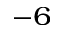
^ { - 6 }